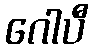
ဂေါပီ